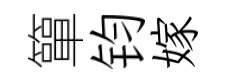
簞钧嫁